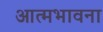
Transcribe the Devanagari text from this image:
आत्मभावना